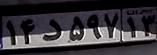
۱۴د۵۹۷۱۳